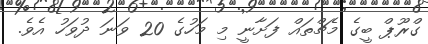
ގްރޫޕް ބީގެ މެޗްތައް ފަށާނީ މި މަހުގެ 20 ވަނަ ދުވަހު އެވެ.